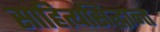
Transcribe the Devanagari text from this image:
साहित्यसिद्धान्त